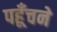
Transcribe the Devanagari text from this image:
पहूँचने